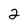
Character: 2